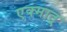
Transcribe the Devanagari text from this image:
एक्मात्र्